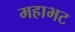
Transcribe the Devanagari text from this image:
महाभट